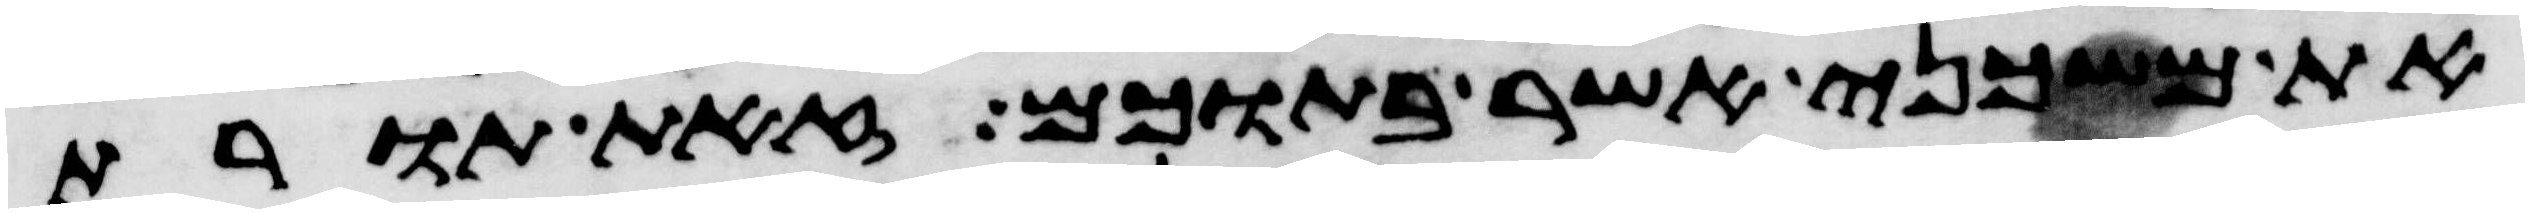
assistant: את משכני אשר בתוכם זאת תורת